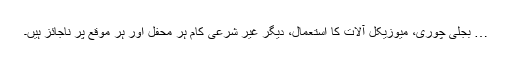
… بجلی چوری، میوزیکل آلات کا استعمال، دیگر غیر شرعی کام ہر محفل اور ہر موقع پر ناجائز ہیں۔